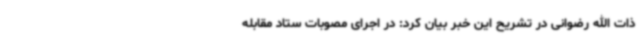
ذات الله رضوانی در تشریح این خبر بیان کرد: در اجرای مصوبات ستاد مقابله